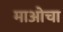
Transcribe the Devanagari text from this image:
माओचा